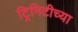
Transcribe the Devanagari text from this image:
ट्रिनिटीच्या